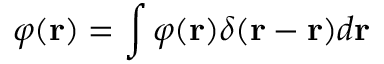
\varphi ( \boldsymbol { \mathbf { r } } ) = \int \varphi ( \boldsymbol { \mathbf { r } } ) \delta ( \boldsymbol { \mathbf { r } } - \boldsymbol { \mathbf { \acute { r } } } ) d \boldsymbol { \mathbf { \acute { r } } }